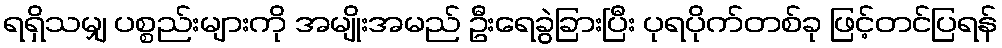
ရရှိသမျှ ပစ္စည်းများကို အမျိုးအမည် ဦးရေခွဲခြားပြီး ပုရပိုက်တစ်ခု ဖြင့်တင်ပြရန်